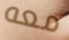
معه